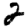
Digit: 2